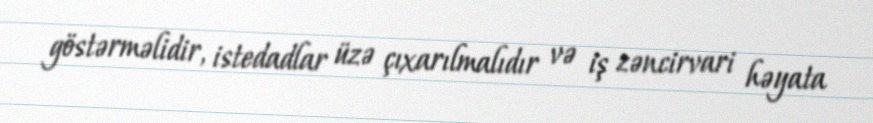
göstərməlidir, istedadlar üzə çıxarılmalıdır və iş zəncirvari həyata